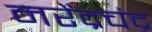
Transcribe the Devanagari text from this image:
नरेंद्रचंद्र